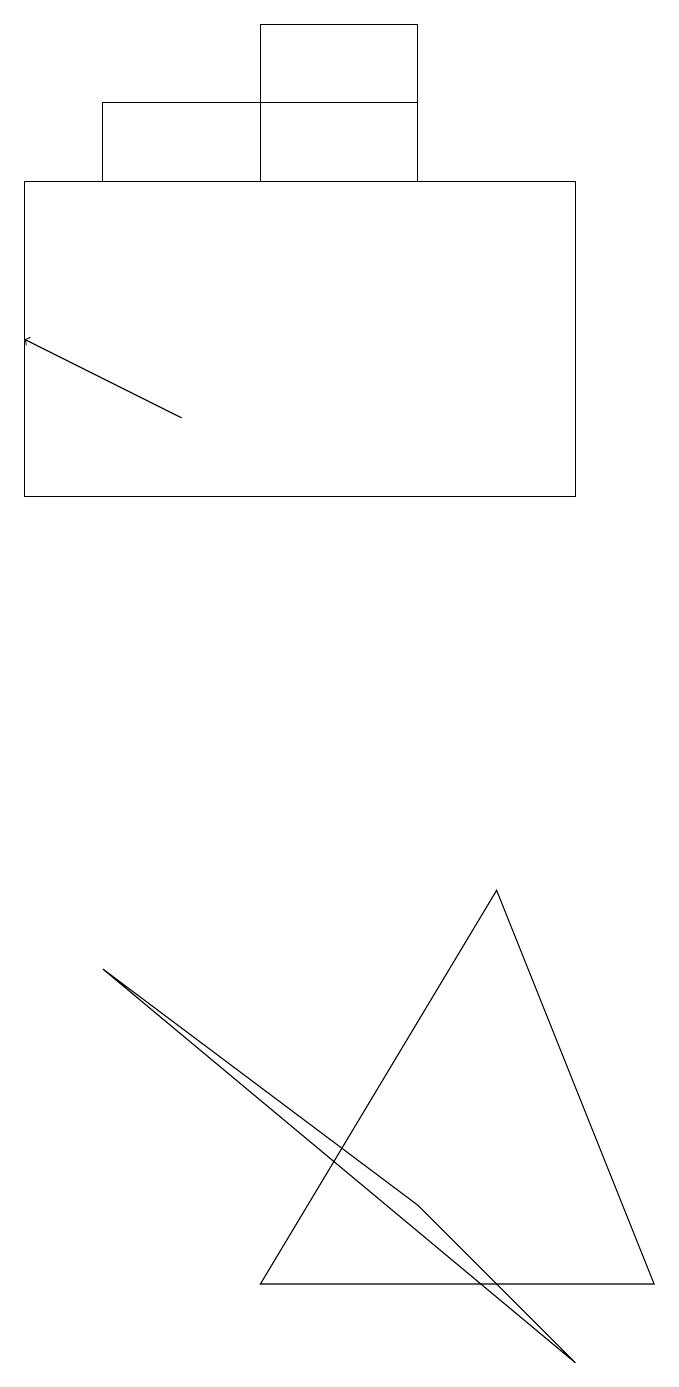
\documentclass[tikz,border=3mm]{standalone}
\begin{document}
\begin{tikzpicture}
\draw (0,15) rectangle (7,11);
\draw[->] (2,12) -- (0,13);
\draw (3,1) -- (6,6) -- (8,1) -- cycle;
\draw (7,0) -- (5,2) -- (1,5) -- cycle;
\draw (1,15) rectangle (5,16);
\draw (5,15) rectangle (3,17);
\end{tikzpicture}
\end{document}